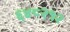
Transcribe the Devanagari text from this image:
६४८२१२